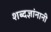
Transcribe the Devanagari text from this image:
शब्दज्ञांनानी